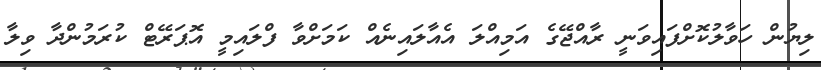
ލިޔުން ހަވާލުކޮށްފައިވަނީ ރާއްޖޭގެ އަމިއްލަ އެއާލައިނެއް ކަމަށްވާ ފްލައިމީ އޮޕަރޭޓް ކުރަމުންދާ ވިލާ